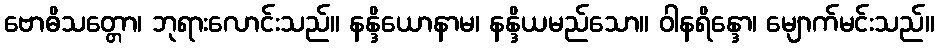
ဗောဓိသတ္တော၊ ဘုရားလောင်းသည်။ နန္ဒိယောနာမ၊ နန္ဒိယမည်သော။ ဝါနရိန္ဒော၊ မျောက်မင်းသည်။